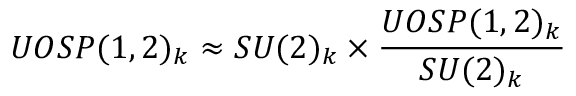
U O S P ( 1 , 2 ) _ { k } \approx S U ( 2 ) _ { k } \times { \frac { U O S P ( 1 , 2 ) _ { k } } { S U ( 2 ) _ { k } } }